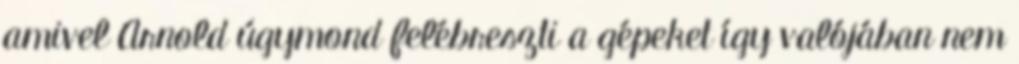
amivel Arnold úgymond felébreszti a gépeket így valójában nem